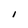
Character: I